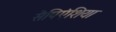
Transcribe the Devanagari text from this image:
सैपिएंशिया